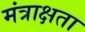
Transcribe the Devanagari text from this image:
मंत्राक्षता